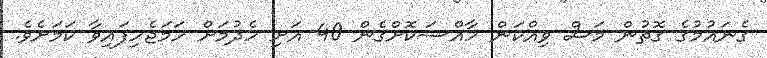
ގެނައުމުގެ ގޮތުން މަސް ވިއްކަން ހާއްސަކޮށްގެން 40 އަށި ހެދުމަށް ހަމަޖެހިފައިވާ ކަމަށެވެ.